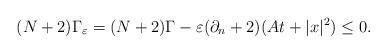
LaTeX: \begin{align*}(N+2)\Gamma_{\varepsilon}=(N+2)\Gamma-\varepsilon(\partial_n+2)(At+|x|^{2})\leq 0.\end{align*}